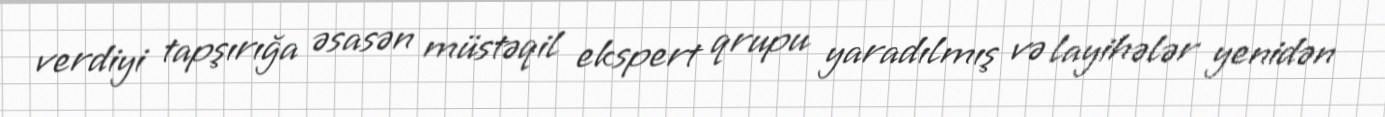
verdiyi tapşırığa əsasən müstəqil ekspert qrupu yaradılmış və layihələr yenidən